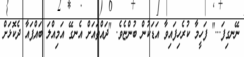
ނޭނގިފަ..." ފަހީމާ ކުރެހިފައިވާ އަޑަކުން ބުންޏެވެ. "ދައްތައަށް އެނގޭ އަމިއްލަ ބައްޕައާ ދެކޮޅަށް